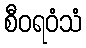
စီဝရဝံသံ